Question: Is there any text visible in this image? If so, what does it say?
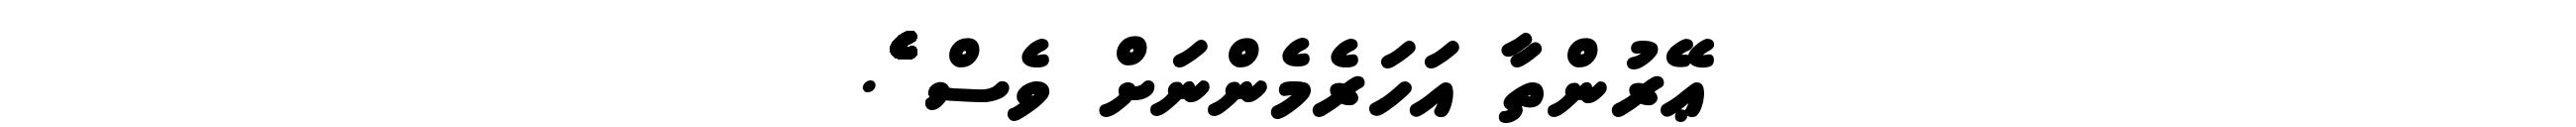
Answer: ޢޭރުންތާ އަހަރެމެންނަށް ވެސް ެެެެެެެެެެެެެެެެެެެެެެެެެެެެެެެެެެެެެެެެެެެެެެެެެެެެެެެެެެެެެެެެެެެެެެެެ.